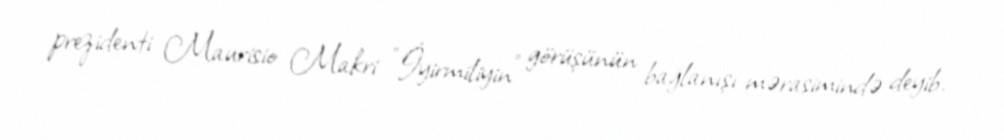
prezidenti Maurisio Makri "İyirmiliyin" görüşünün bağlanışı mərasimində deyib.